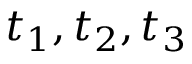
t _ { 1 } , t _ { 2 } , t _ { 3 }